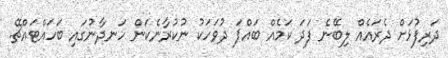
ދަރިފުޅަށް ދެރައެއް ލިބޭނެ ފަދަ ކަމެއް ބައްޕަ ދުވަހަކު ނުކުރާނެކަން ހަނދާނުގައި ބަހައްޓައްޗޭ.